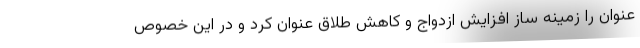
عنوان را زمینه ساز افزایش ازدواج و کاهش طلاق عنوان کرد و در این خصوص